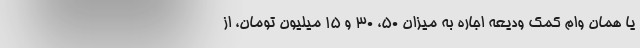
یا همان وام کمک ودیعه اجاره به میزان ۵۰، ۳۰ و ۱۵ میلیون تومان، از